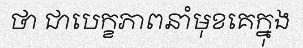
ថា ជាបេក្ខភាពនាំមុខគេក្នុង